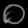
Digit: ၀